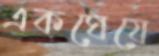
একঘেয়ে